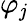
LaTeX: \varphi_{\mathit{j}}